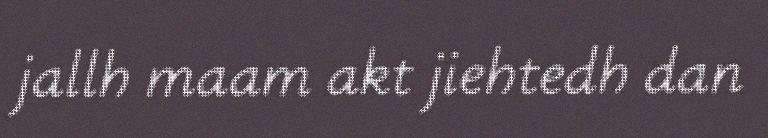
jallh maam akt jiehtedh dan